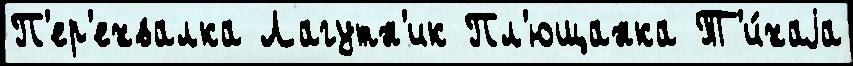
П'ер'ехвалка Лагутн'ик Пл'ющанка Т'и́хаjа